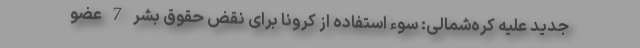
جدید علیه کره‌شمالی: سوء استفاده از کرونا برای نقض حقوق بشر 7 عضو